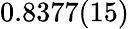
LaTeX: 0.8377(15)